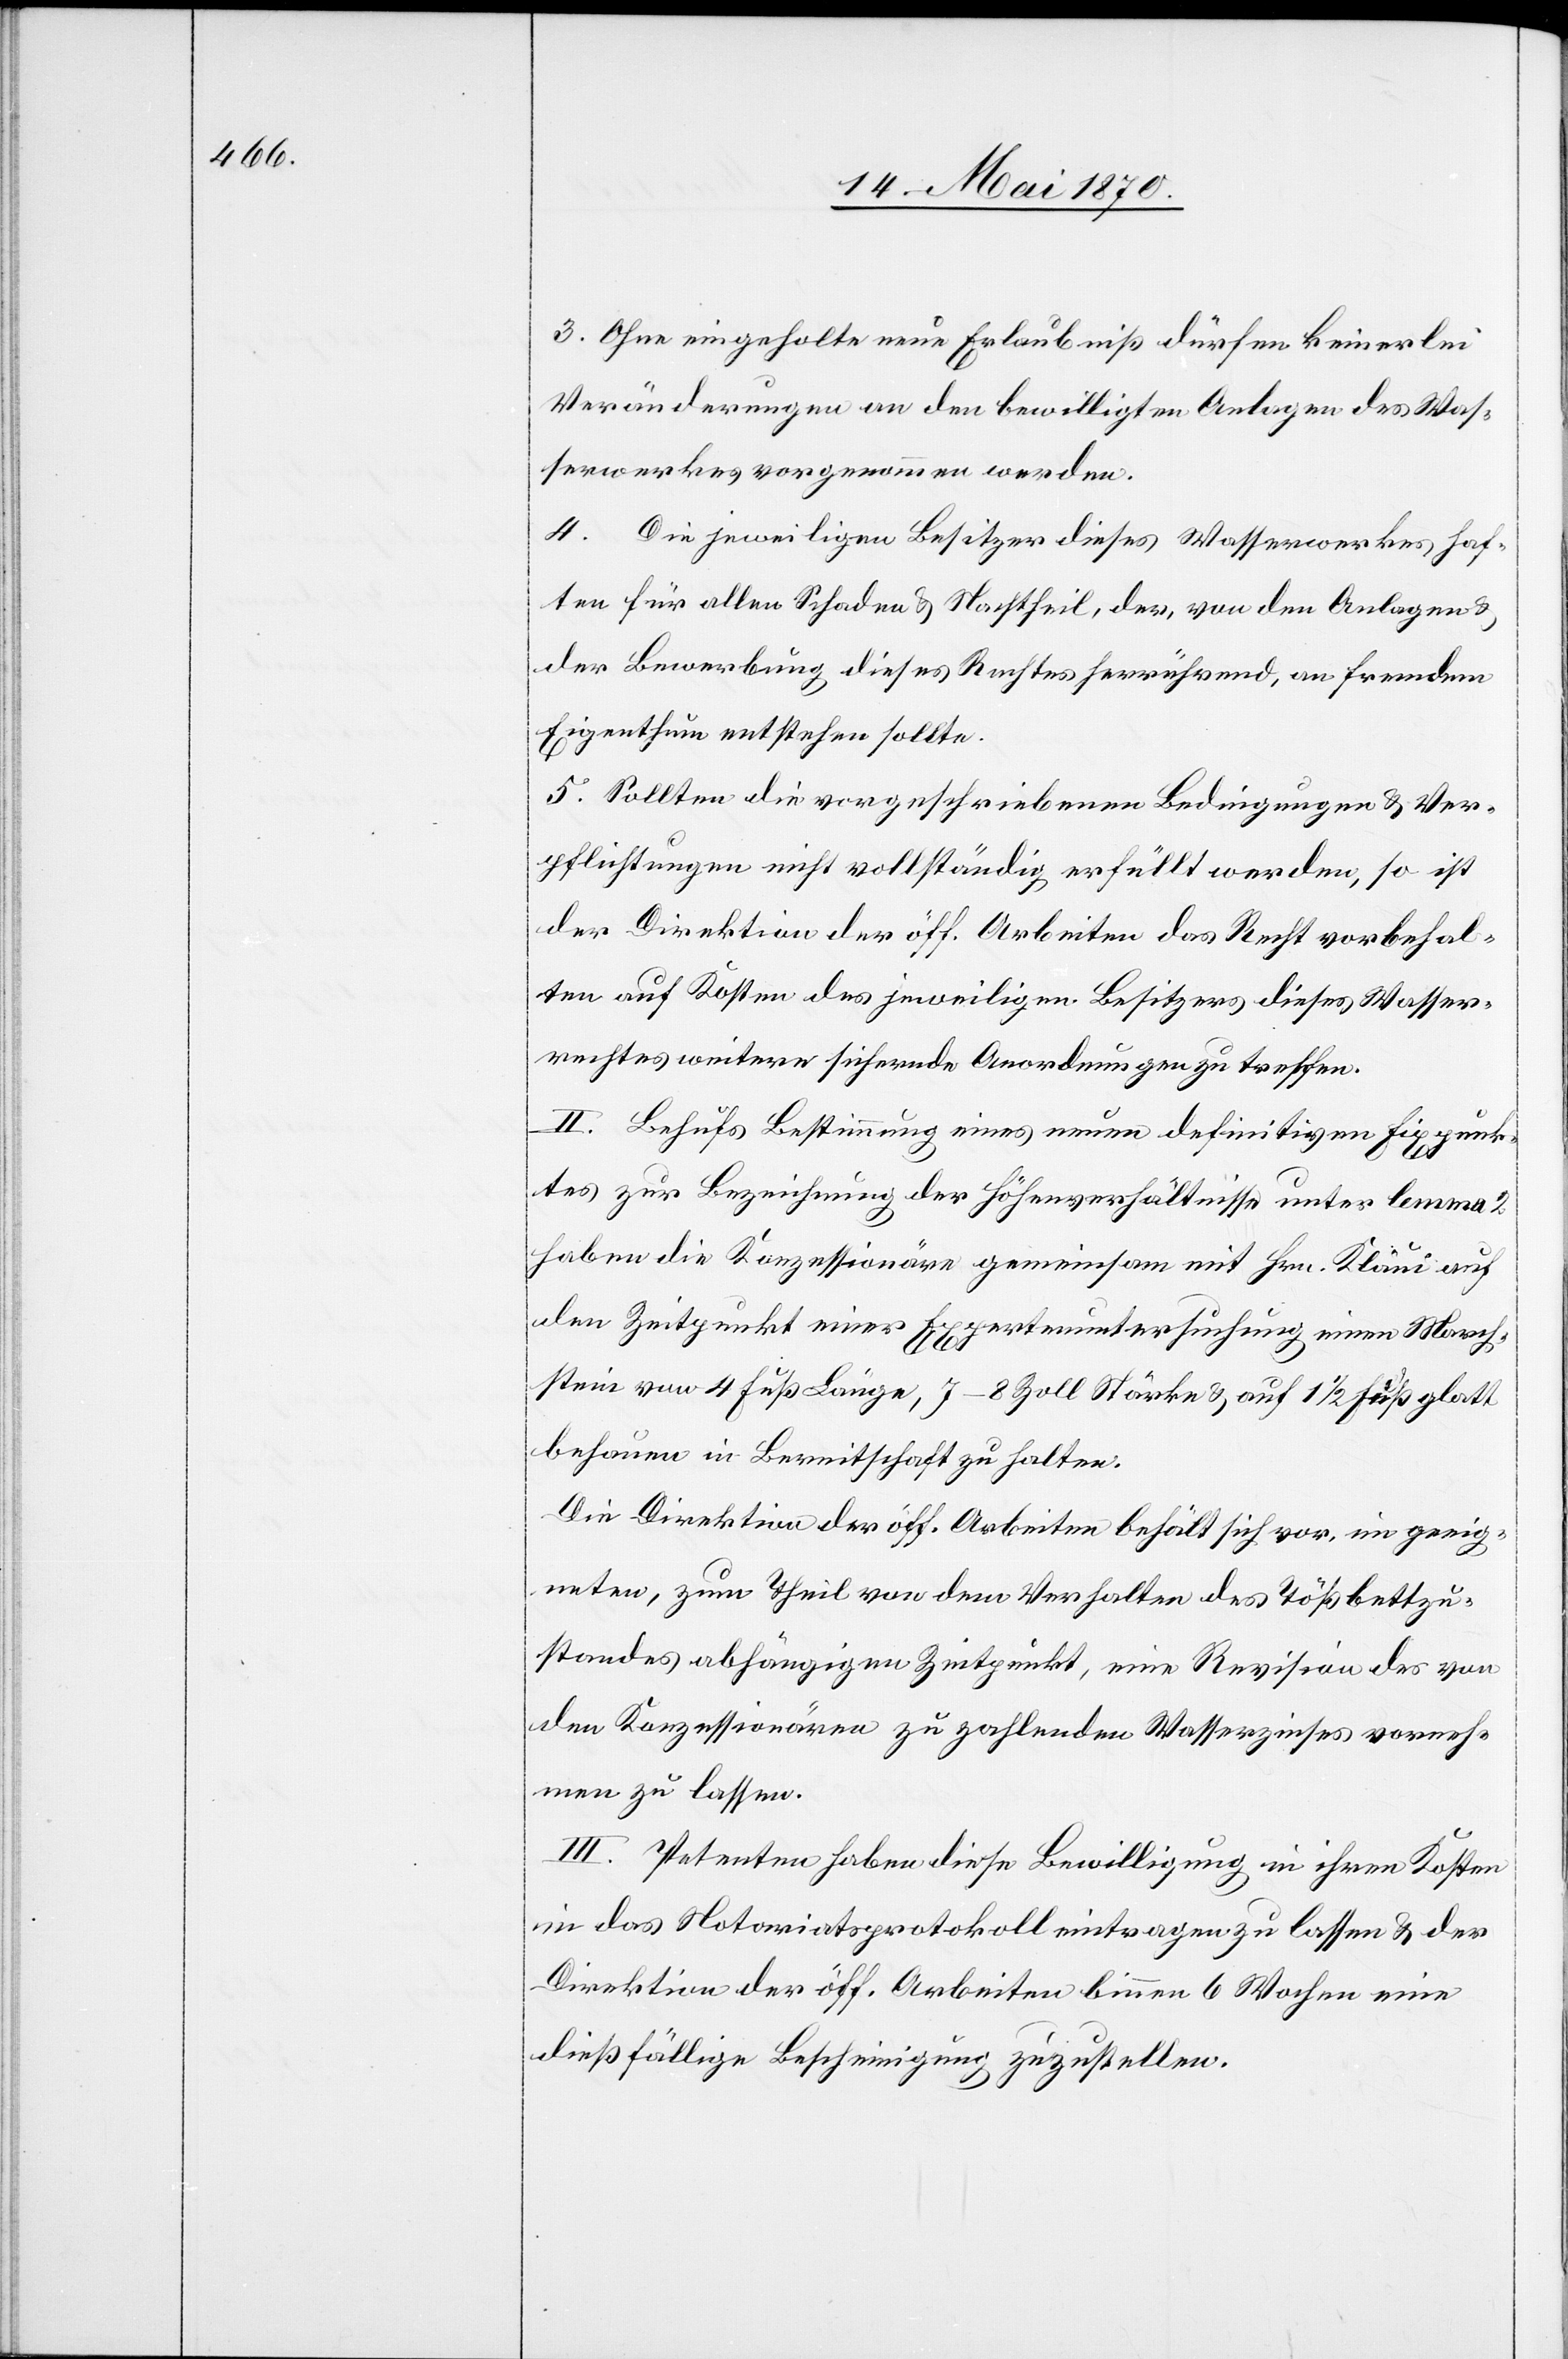
3. Ohne eingeholte neue Erlaubniß dürfen keinerlei
Veränderungen an den bewilligten Anlagen des Was¬
serwerkes vorgenommen werden.
4. Die jeweiligen Besitzer dieses Wasserwerkes haf¬
ten für allen Schaden & Nachtheil, der, von den Anlagen &
der Bewerbung dieses Rechtes herrührend, an fremdem
Eigenthum entstehen sollte.
5. Sollten die vorgeschriebenen Bedingungen & Ver¬
pflichtungen nicht vollständig erfüllt werden, so ist
der Direktion der öff. Arbeiten das Recht vorbehal¬
ten auf Kosten des jeweiligen Besitzers dieses Wasser¬
rechtes weitere sichernde Anordnungen zu treffen.
II. Behufs Bestimmung eines neuen definitiven Fixpunk¬
tes zur Bezeichnung der Höhenverhältnisse unter lemma 2
haben die Konzessionäre gemeinsam mit Hrn. Kläui auf
den Zeitpunkt eine Expertenuntersuchung einen March¬
stein von 4 Fuß Länge, 7–8 Zoll Stärke & auf 1 1/2 Fuß glatt
behauen in Bereitschaft zu halten.
Die Direktion der öff. Arbeiten behält sich vor, im geeig¬
neten, zum Theil von dem Verhalten des Tößbettzu¬
standes abhängigen Zeitpunkt, eine Revision des von
den Konzessionären zu zahlenden Wasserzinses vorneh¬
men zu lassen.
III. Petenten haben diese Bewilligung in ihren Kosten
in das Notariatsprotokoll eintragen zu lassen & der
Direktion der öff. Arbeiten binnen 6 Wochen eine
dießfällige Bescheinigung zuzustellen.